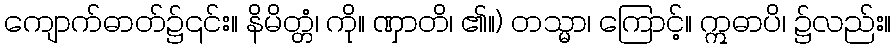
ကျောက်ဓာတ်၌၎င်း။ နိမိတ္တံ၊ ကို။ ဏှာတိ၊ ၏။) တသ္မာ၊ ကြောင့်။ ဣဓာပိ၊ ၌လည်း။